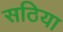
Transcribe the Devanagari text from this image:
सठिया